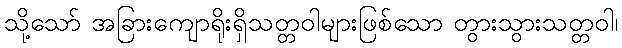
သို့သော် အခြားကျောရိုးရှိသတ္တဝါများဖြစ်သော တွားသွားသတ္တဝါ၊